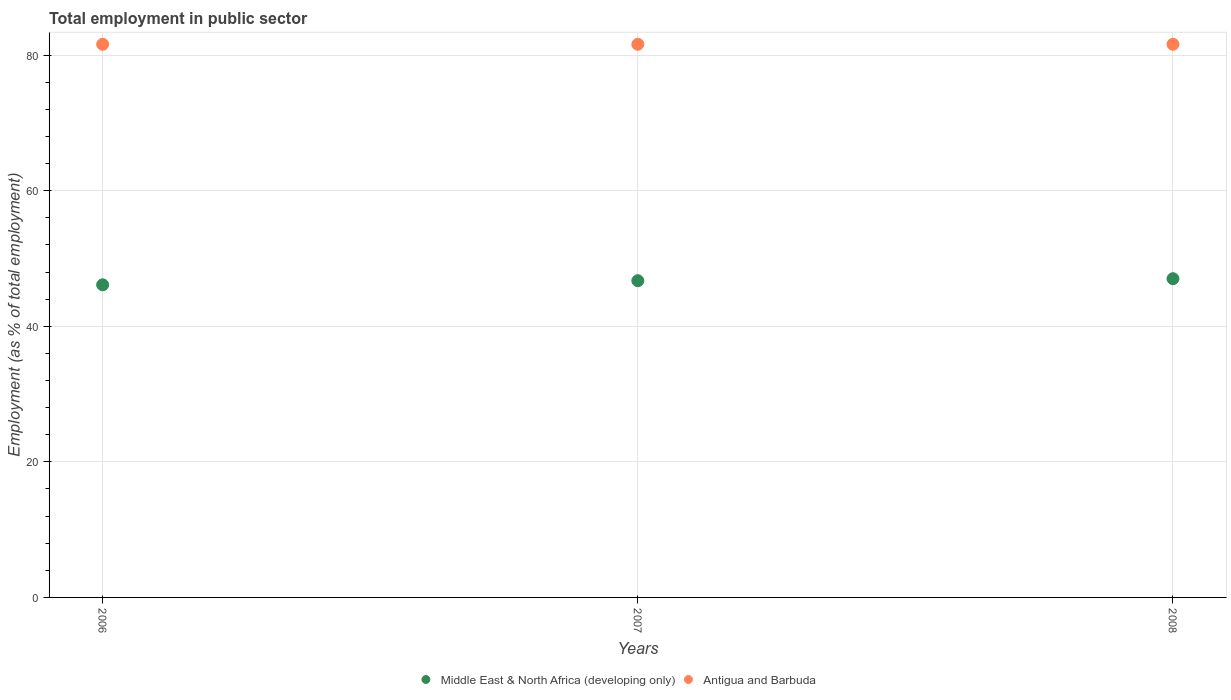
| Years | Middle East & North Africa (developing only) | Antigua and Barbuda |
 | --- | --- | --- |
 | 2006 | 46.1 | 81.6 |
 | 2007 | 46.7 | 81.6 |
 | 2008 | 47 | 81.6 |